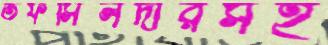
তফসিলদারসহ